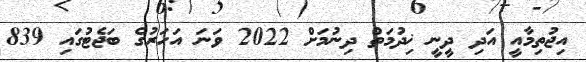
އިޖުތިމާއީ އަދި ދީނީ ޚިދުމަތް ދިނުމަށް 2022 ވަނަ އަހަރުގެ ބަޖެޓުގައި 839